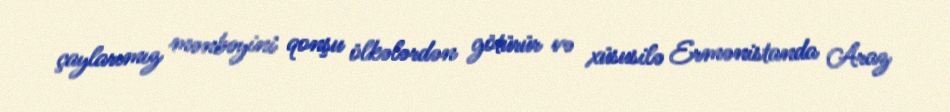
çaylarımız mənbəyini qonşu ölkələrdən götürür və xüsusilə Ermənistanda Araz